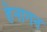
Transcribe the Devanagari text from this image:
हेनागन